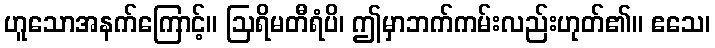
ဟူသောအနက်ကြောင့်။ ဩရိမတီရံပိ၊ ဤမှာဘက်ကမ်းလည်းဟုတ်၏။ ဧသေ၊